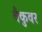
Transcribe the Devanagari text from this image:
वैकुवर